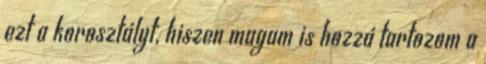
ezt a korosztályt, hiszen magam is hozzá tartozom a